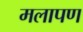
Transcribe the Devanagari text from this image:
मलापण